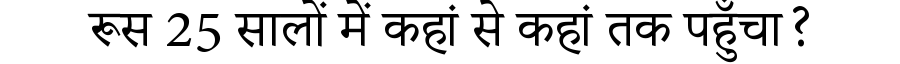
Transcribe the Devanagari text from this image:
रूस 25 सालों में कहां से कहां तक पहुँचा?